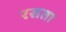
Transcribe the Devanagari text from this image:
रसता